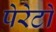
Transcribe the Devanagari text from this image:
पेरेटो